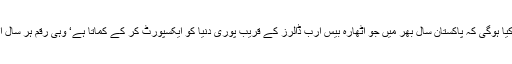
اس سے بڑی ہماری ناکامی کیا ہوگی کہ پاکستان سال بھر میں جو اٹھارہ بیس ارب ڈالرز کے قریب پوری دنیا کو ایکسپورٹ کر کے کماتا ہے‘ وہی رقم ہر سال اکیلا چین ہم سے لے جاتا ہے۔